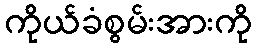
ကိုယ်ခံစွမ်းအားကို